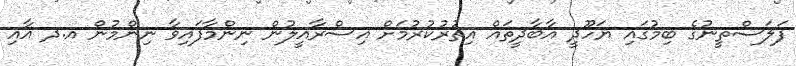
ފަލަސްތީނުގެ ބިމުގައި ޔަހޫދީ އާބާދީތައް އިތުރުކުރުމަށް އިސްރާއީލުން ނިންމާފައިވާ ނިންމުން އ.ދ އާއި